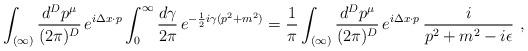
LaTeX: \begin{align*}\int_{(\infty)}\frac{d^Dp^\mu}{(2\pi)^D}\,e^{i\Delta x\cdot p}\int_0^\infty\frac{d\gamma}{2\pi}\,e^{-\frac{1}{2}i\gamma(p^2+m^2)}=\frac{1}{\pi}\int_{(\infty)}\frac{d^Dp^\mu}{(2\pi)^D}\,e^{i\Delta x\cdot p}\,\frac{i}{p^2+m^2-i\epsilon}\ ,\end{align*}